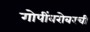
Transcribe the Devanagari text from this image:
गोपींबरोबरची